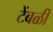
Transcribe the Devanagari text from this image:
टेंबळी